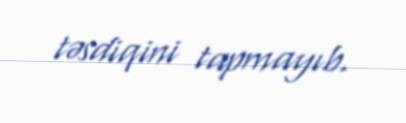
təsdiqini tapmayıb.